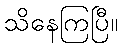
သိနေကြပြီ။